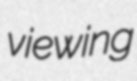
viewing